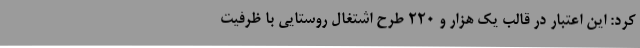
کرد: این اعتبار در قالب یک هزار و 220 طرح اشتغال روستایی با ظرفیت